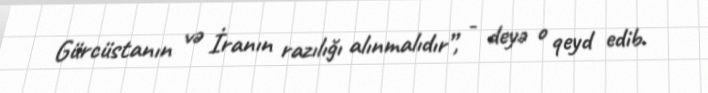
Gürcüstanın və İranın razılığı alınmalıdır”, - deyə o qeyd edib.